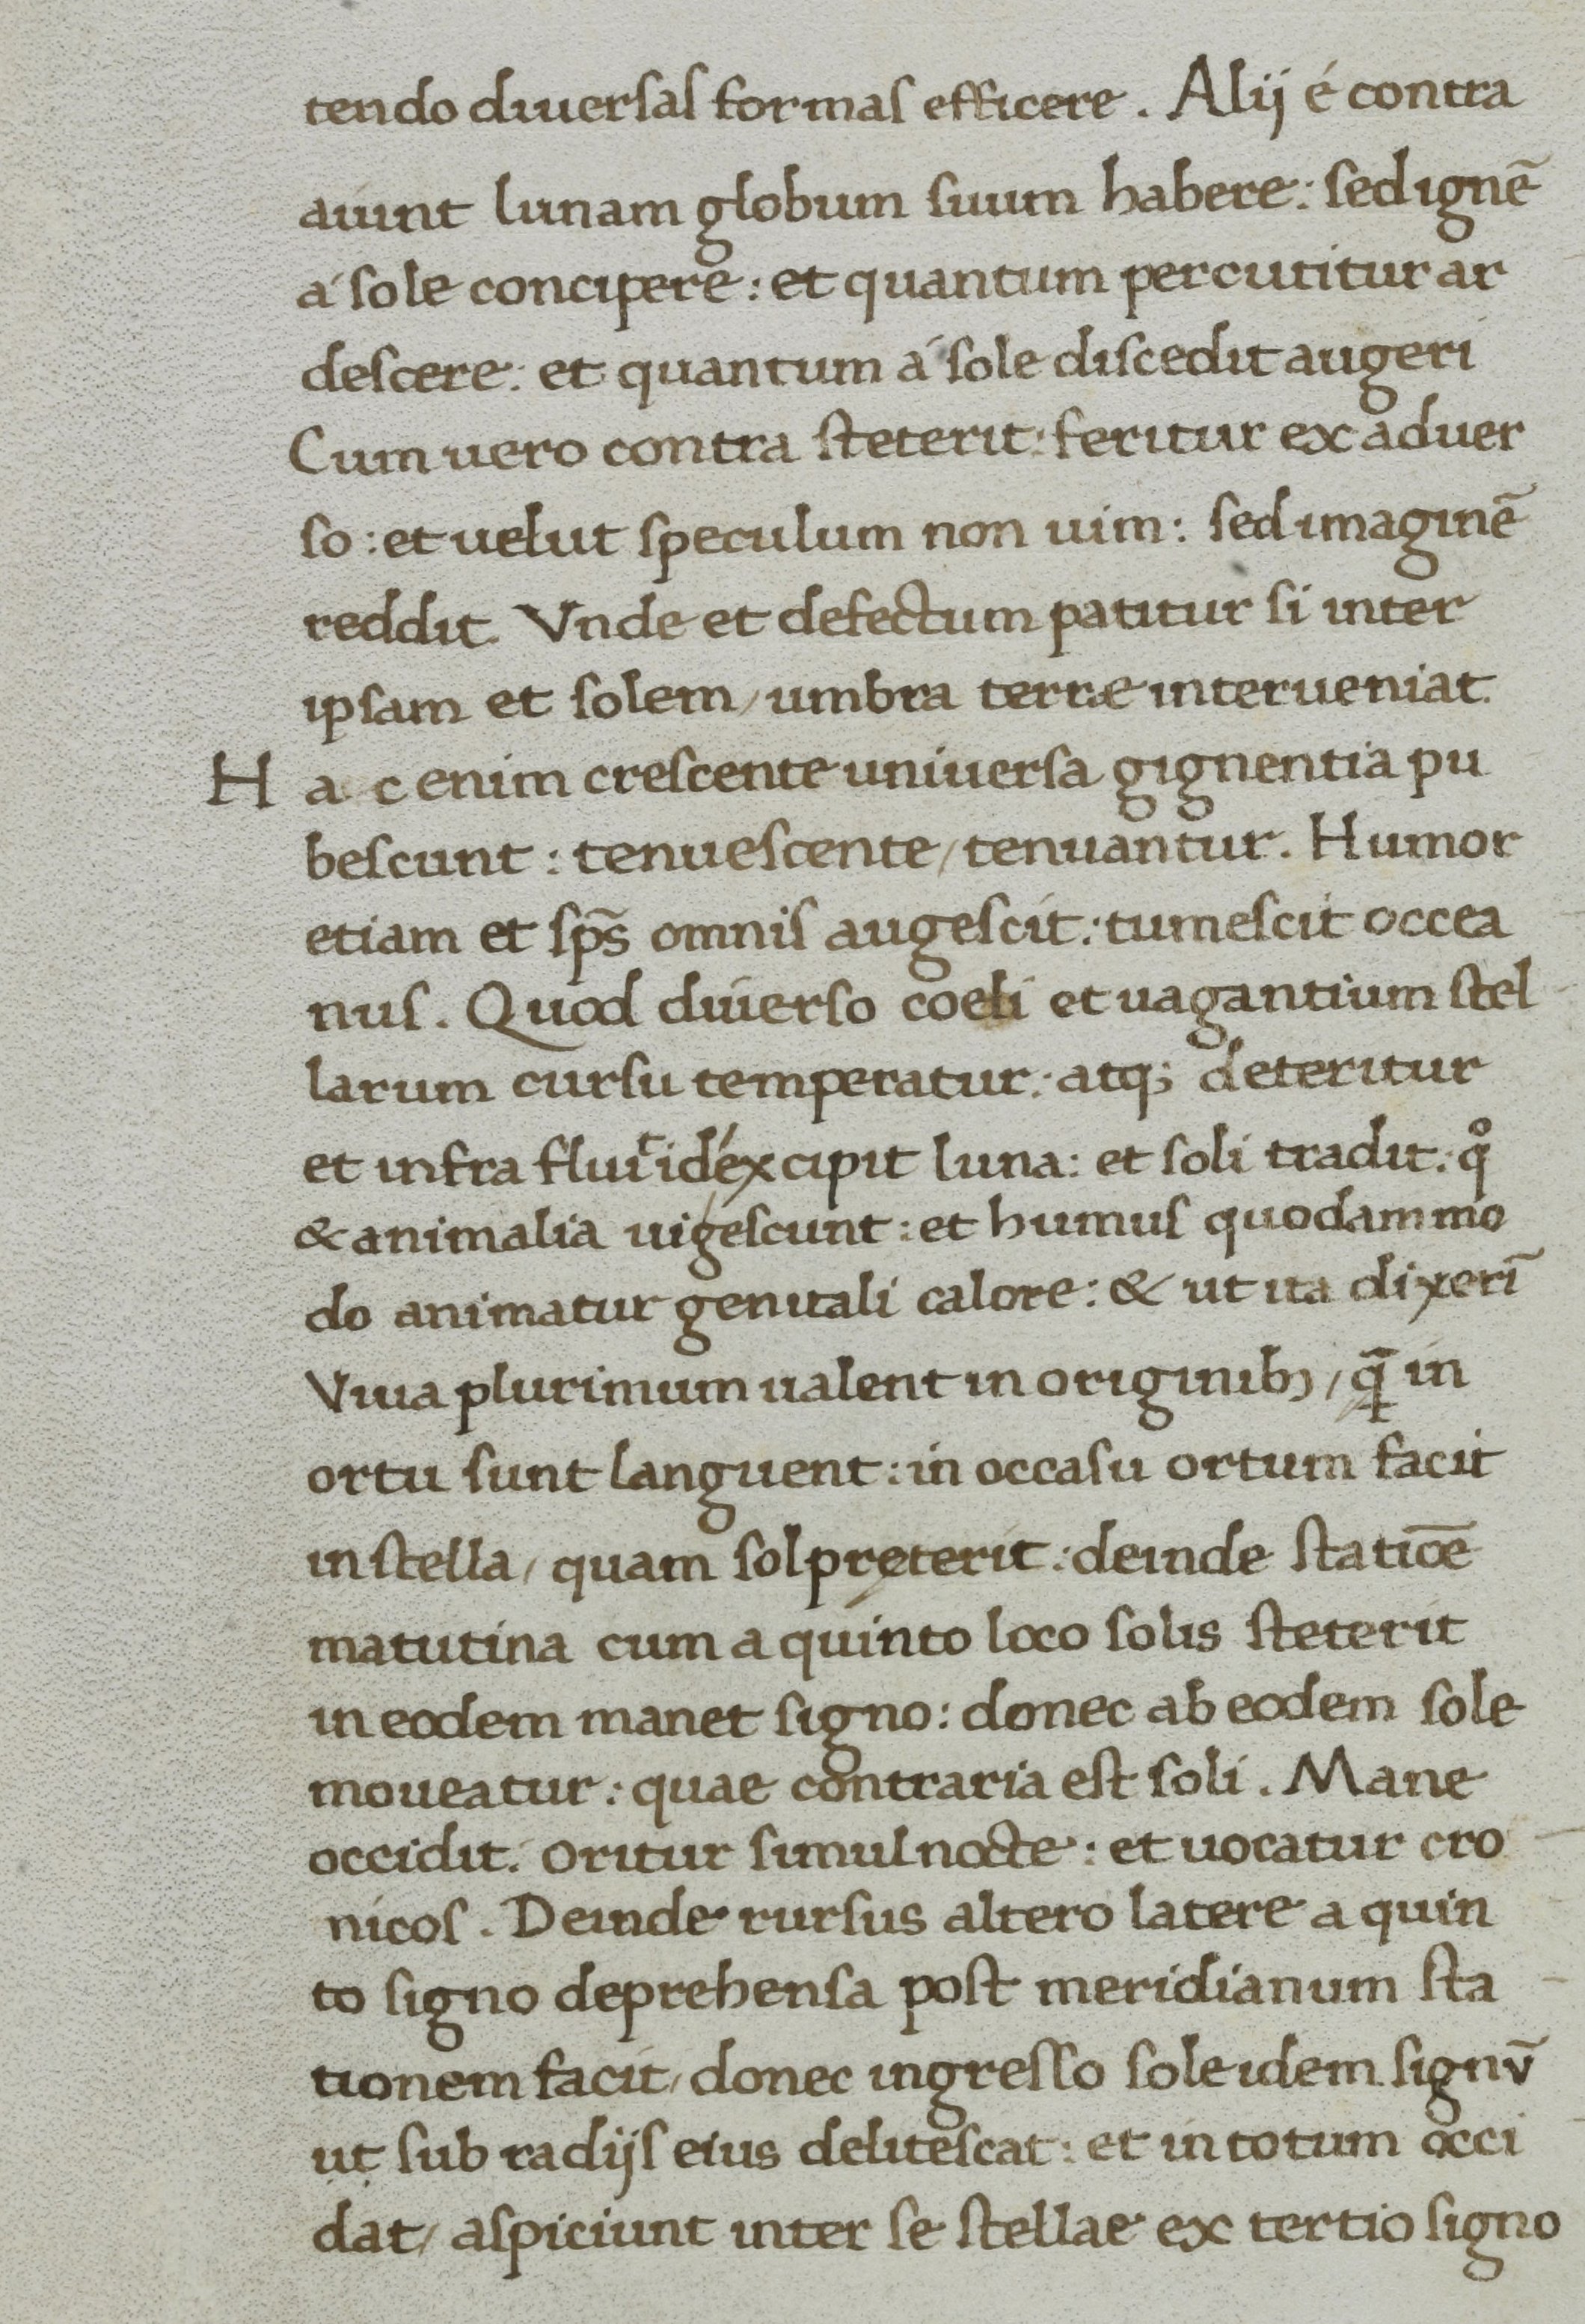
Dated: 1400–1499